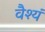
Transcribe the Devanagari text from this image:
वैश्यं